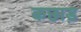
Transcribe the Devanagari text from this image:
कछाड़